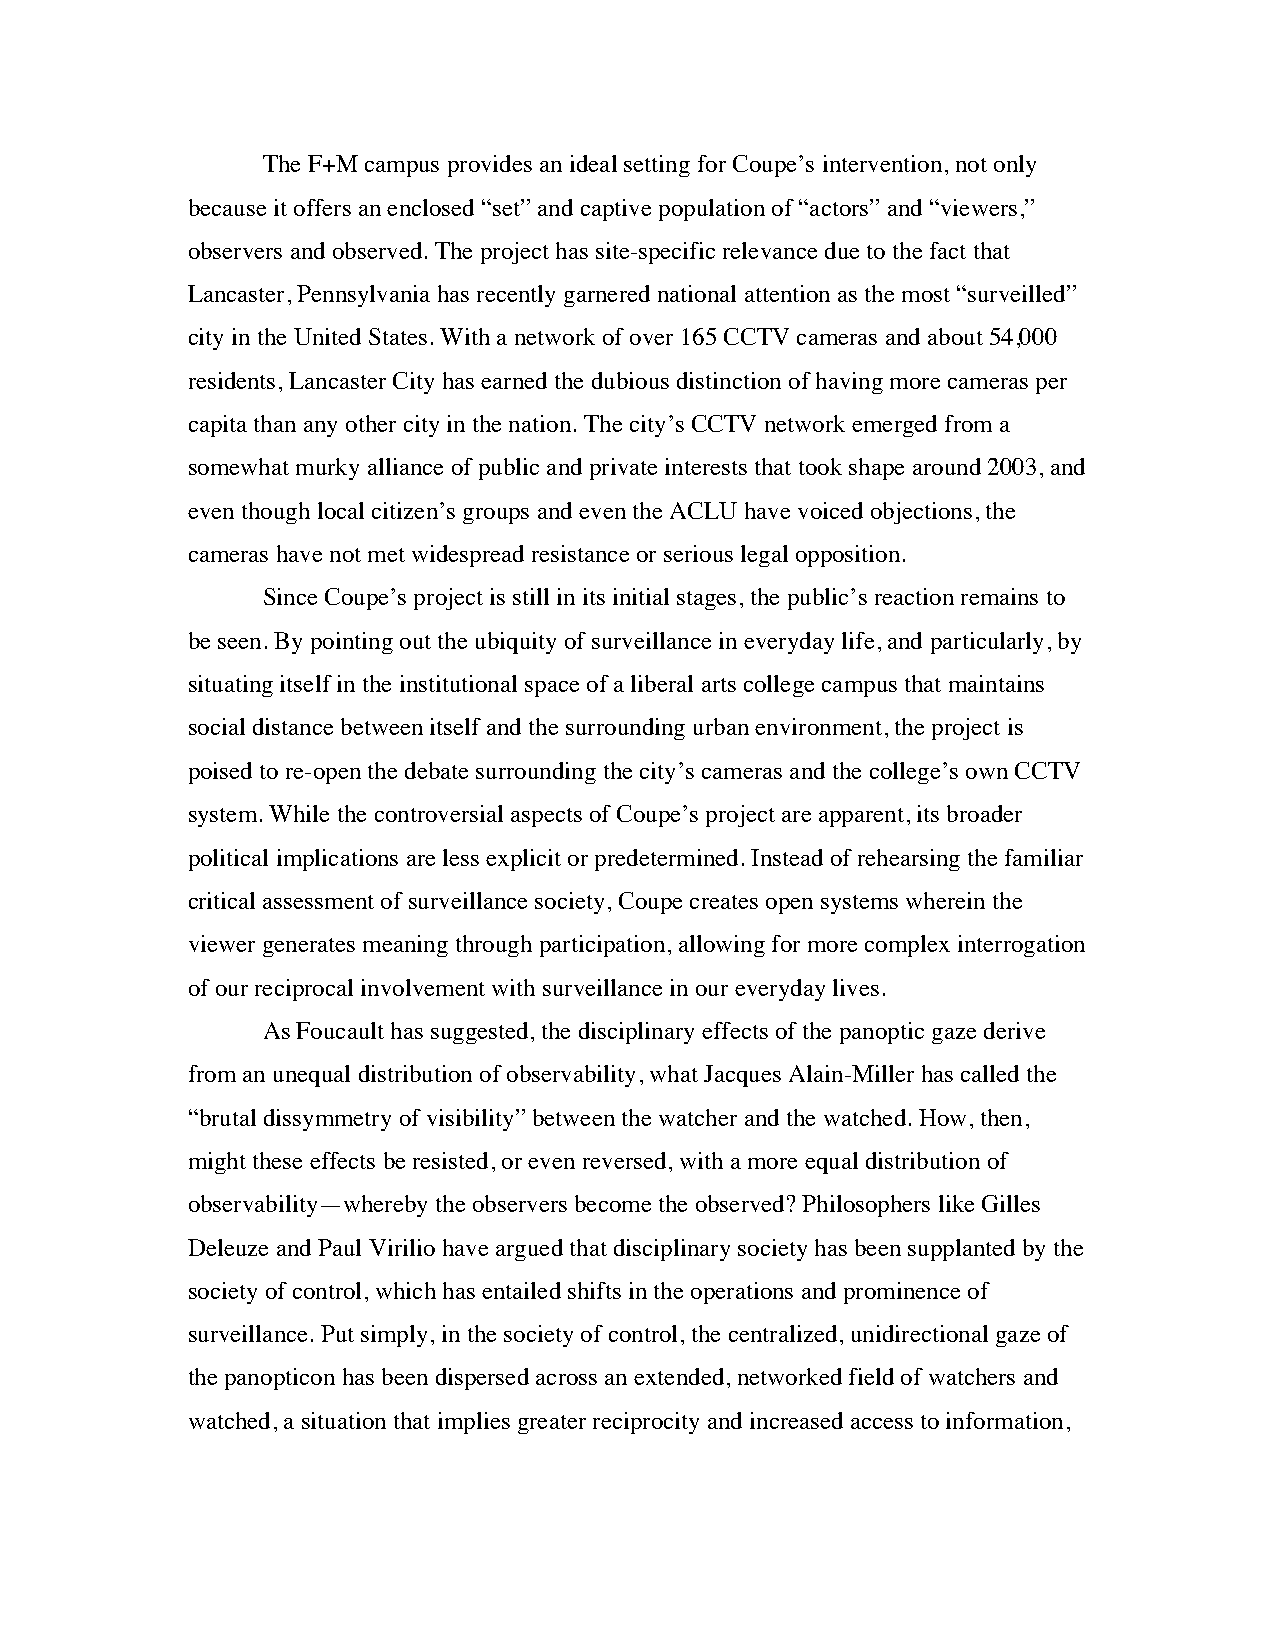
The F+M campus provides an ideal setting for Coupe’s intervention, not only
 because it offers an enclosed “set” and captive population of “actors” and “viewers,”
 observers and observed. The project has site-specific relevance due to the fact that
 Lancaster, Pennsylvania has recently garnered national attention as the most “surveilled”
 city in the United States. With a network of over 165 CCTV cameras and about 54,000
 residents, Lancaster City has earned the dubious distinction of having more cameras per
 capita than any other city in the nation. The city’s CCTV network emerged from a
 somewhat murky alliance of public and private interests that took shape around 2003, and
 even though local citizen’s groups and even the ACLU have voiced objections, the
 cameras have not met widespread resistance or serious legal opposition.
 Since Coupe’s project is still in its initial stages, the public’s reaction remains to
 be seen. By pointing out the ubiquity of surveillance in everyday life, and particularly, by
 situating itself in the institutional space of a liberal arts college campus that maintains
 social distance between itself and the surrounding urban environment, the project is
 poised to re-open the debate surrounding the city’s cameras and the college’s own CCTV
 system. While the controversial aspects of Coupe’s project are apparent, its broader
 political implications are less explicit or predetermined. Instead of rehearsing the familiar
 critical assessment of surveillance society, Coupe creates open systems wherein the
 viewer generates meaning through participation, allowing for more complex interrogation
 of our reciprocal involvement with surveillance in our everyday lives.
 As Foucault has suggested, the disciplinary effects of the panoptic gaze derive
 from an unequal distribution of observability, what Jacques Alain-Miller has called the
 “brutal dissymmetry of visibility” between the watcher and the watched. How, then,
 might these effects be resisted, or even reversed, with a more equal distribution of
 observability—whereby the observers become the observed? Philosophers like Gilles
 Deleuze and Paul Virilio have argued that disciplinary society has been supplanted by the
 society of control, which has entailed shifts in the operations and prominence of
 surveillance. Put simply, in the society of control, the centralized, unidirectional gaze of
 the panopticon has been dispersed across an extended, networked field of watchers and
 watched, a situation that implies greater reciprocity and increased access to information,